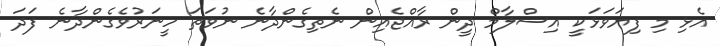
އެޅި މި ފިޔަވަޅަކީ އިސްލާމް ދީން ރާއްޖެއިން ނެތިގެންދާނެ ނުވަތަ ހީނަރުވެގެންދާނެ ފަދަ